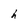
Character: h